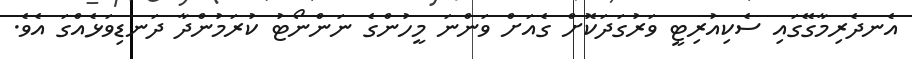
އެނދެރިމާގޭގައި ސެކިއުރިޓީ ވަރުގަދަކޮށް ގެއަށް ވަންނަ މީހުންގެ ނަންނޯޓު ކުރަމުންދާ ދަނޑިވަޅެއްގަ އެވެ.